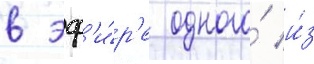
в эф'и́р'е одного́ и́з